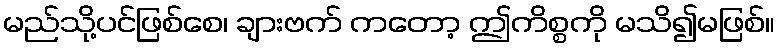
မည်သို့ပင်ဖြစ်စေ၊ ချားဗက် ကတော့ ဤကိစ္စကို မသိ၍မဖြစ်။